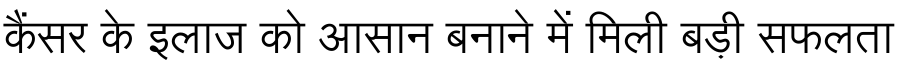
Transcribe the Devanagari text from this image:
कैंसर के इलाज को आसान बनाने में मिली बड़ी सफलता